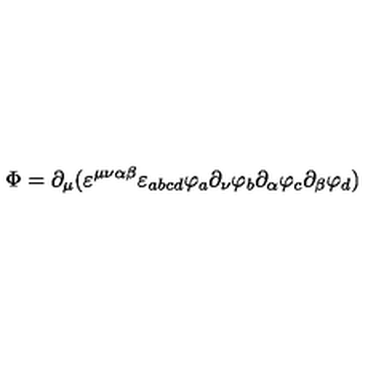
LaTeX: \Phi = \partial _ { \mu } ( \varepsilon ^ { \mu \nu \alpha \beta } \varepsilon _ { a b c d } \varphi _ { a } \partial _ { \nu } \varphi _ { b } \partial _ { \alpha } \varphi _ { c } \partial _ { \beta } \varphi _ { d } )